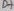
Text: D+